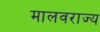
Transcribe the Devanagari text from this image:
मालवराज्य